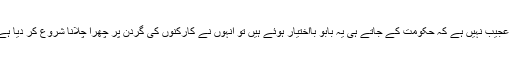
یہ عجیب نہیں ہے کہ حکومت کے جاتے ہی یہ بابو بااختیار ہوئے ہیں تو انہوں نے کارکنوں کی گردن پر چھرا چلانا شروع کر دیا ہے ۔